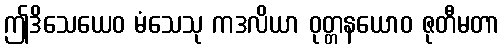
ဤဒိသေယေဝ မံသေသု ကဒလိယာ ဝုတ္တနယောဝ ဇုတီမတာ